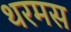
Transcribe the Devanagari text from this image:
थरमस